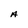
Character: A